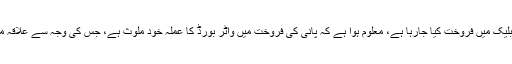
واٹر بورڈ کے 8 نمبر ہائیڈرنٹ سے علاقہ مکینوں کو پانی بلیک میں فروخت کیا جارہا ہے، معلوم ہوا ہے کہ پانی کی فروخت میں واٹر بورڈ کا عملہ خود ملوث ہے، جس کی وجہ سے علاقہ مکین 4 سے 6 ہزار روپے میں ٹینکرخریدنے پر مجبور ہیں۔